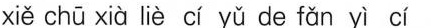
xiě chū xià liè cí yǔ de fǎn yì cí